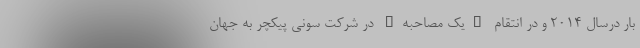
بار درسال 2014 و در انتقام "یک مصاحبه" در شرکت سونی پیکچر به جهان